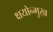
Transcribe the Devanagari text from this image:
क्षयोन्मुख